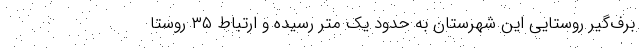
برف‌گیر روستایی این شهرستان به حدود یک متر رسیده و ارتباط ۳۵ روستا